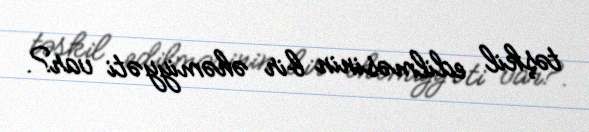
təşkil edilməsinin bir əhəmiyyəti var?.